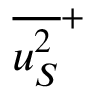
{ \overline { { { u _ { S } ^ { 2 } } } } } ^ { + }